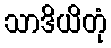
သာဒိယိတုံ